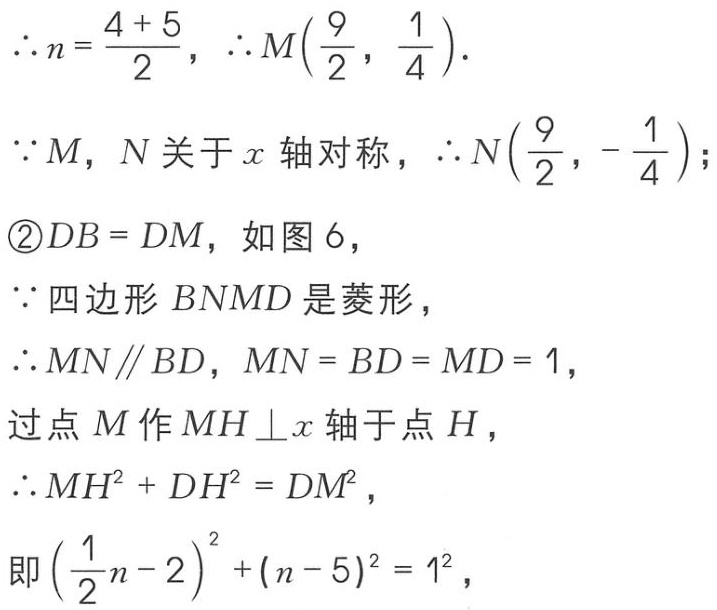
\(\therefore n=\frac{4 + 5}{2},\therefore M(\frac{9}{2},\frac{1}{4}).\)
\(\because M,N\text{ 关于 }x\text{ 轴对称},\therefore N(\frac{9}{2},-\frac{1}{4});\)
\(\textcircled{2}DB = DM,\text{ 如图 }6,\)
\(\because\text{ 四边形 }BNMD\text{ 是菱形},\)
\(\therefore MN\parallel BD,MN = BD = MD = 1,\)
\(\text{过点 }M\text{ 作 }MH\perp x\text{ 轴于点 }H,\)
\(\therefore MH^{2}+DH^{2}=DM^{2},\)
\(\text{即 }(\frac{1}{2}n - 2)^{2}+(n - 5)^{2}=1^{2},\)